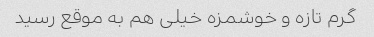
گرم تازه و خوشمزه خیلی هم به موقع رسید